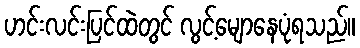
ဟင်းလင်းပြင်ထဲတွင် လွင့်မျောနေပုံရသည်။